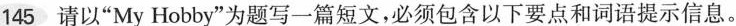
145 请以"My Hobby"为题写一篇短文，必须包含以下要点和词语提示信息。